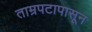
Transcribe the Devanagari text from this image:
ताम्रपटापासून